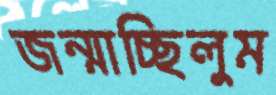
জন্মাচ্ছিলুম